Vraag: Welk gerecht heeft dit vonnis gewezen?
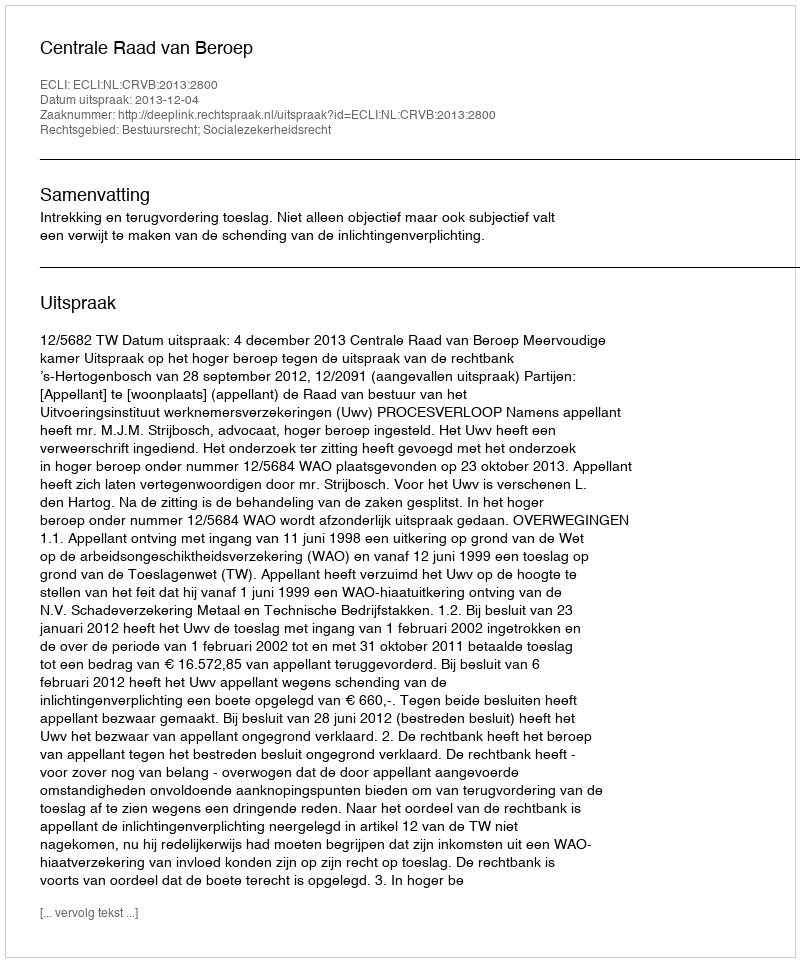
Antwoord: Centrale Raad van Beroep